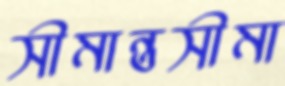
সীমান্তসীমা